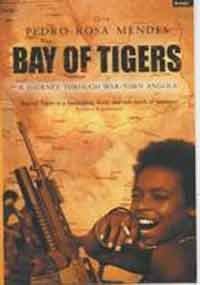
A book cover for Bay of Tigers: A Journey Through War Torn Angola; Pedro Rosa; Landors, Clifford E. (translator) Mendes; Travel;